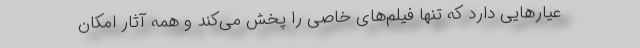
عیارهایی دارد که تنها فیلم‌های خاصی را پخش می‌کند و همه آثار امکان